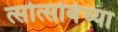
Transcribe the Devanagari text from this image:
त्सोत्सोबेच्या